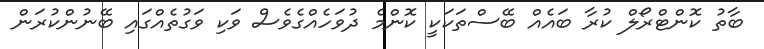
ބާތު ކޮންޓްރޯލް ކުރާ ބައެއް ބޭސްތަކަކީ ކޮންމެ ދުވަހެއްގެވެސް ވަކި ވަގުތެއްގައި ބޭނުންކުރަން